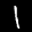
Label: 1